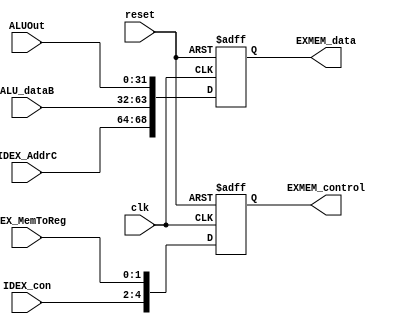
module Pipeline_EXMEM_reg(clk,reset,IDEX_AddrC,IDEX_MemToReg,IDEX_con,ALU_dataB,ALUOut,EXMEM_data,EXMEM_control);
input clk,reset;
input[4:0] IDEX_AddrC;//IDEX_data[4:0]
input[1:0] IDEX_MemToReg;//IDEX_control[7:6]
input[2:0] IDEX_con;//IDEX_control[13:11]
input[31:0] ALU_dataB,ALUOut;
output reg[68:0] EXMEM_data;
output reg [4:0]EXMEM_control;

always @(posedge clk or negedge reset)
begin
 if(!reset) begin
  EXMEM_data<=69'b0;
  EXMEM_control<=5'b0;
 end
 else begin
  EXMEM_data<={IDEX_AddrC,ALU_dataB,ALUOut};
  EXMEM_control<={IDEX_con,IDEX_MemToReg};
 end
end

endmodule